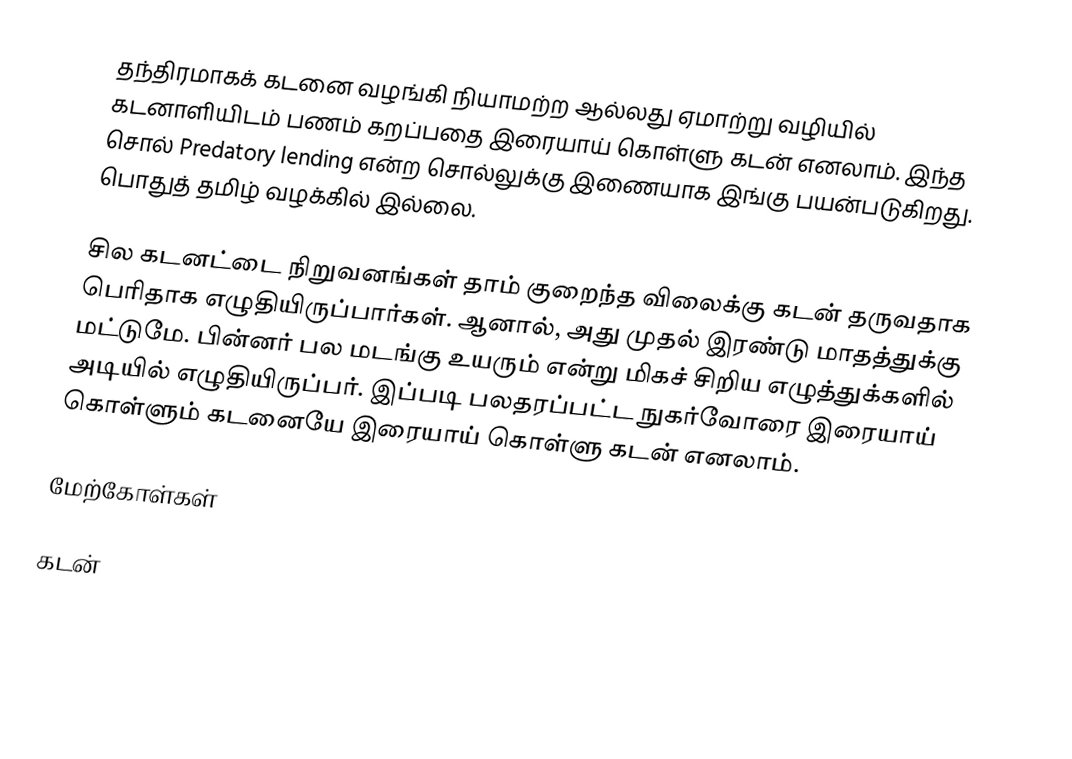
தந்திரமாகக் கடனை வழங்கி நியாமற்ற ஆல்லது ஏமாற்று வழியில் கடனாளியிடம் பணம் கறப்பதை இரையாய் கொள்ளு கடன் எனலாம். இந்த சொல் Predatory lending என்ற சொல்லுக்கு இணையாக இங்கு பயன்படுகிறது. பொதுத் தமிழ் வழக்கில் இல்லை.

சில கடனட்டை நிறுவனங்கள் தாம் குறைந்த விலைக்கு கடன் தருவதாக பெரிதாக எழுதியிருப்பார்கள். ஆனால், அது முதல் இரண்டு மாதத்துக்கு மட்டுமே. பின்னர் பல மடங்கு உயரும் என்று மிகச் சிறிய எழுத்துக்களில் அடியில் எழுதியிருப்பர். இப்படி பலதரப்பட்ட நுகர்வோரை இரையாய் கொள்ளும் கடனையே இரையாய் கொள்ளு கடன் எனலாம்.

மேற்கோள்கள்

கடன்